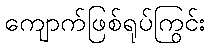
ကျောက်ဖြစ်ရုပ်ကြွင်း